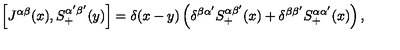
\left[ J ^ { \alpha \beta } ( x ) , S _ { + } ^ { \alpha ^ { \prime } \beta ^ { \prime } } ( y ) \right] = \delta ( x - y ) \left( \delta ^ { \beta \alpha ^ { \prime } } S _ { + } ^ { \alpha \beta ^ { \prime } } ( x ) + \delta ^ { \beta \beta ^ { \prime } } S _ { + } ^ { \alpha \alpha ^ { \prime } } ( x ) \right) ,